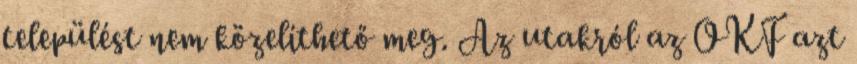
települést nem közelíthető meg. Az utakról az OKF azt